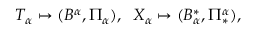
{ \cal T } _ { \alpha } \mapsto ( B ^ { \alpha } , \Pi _ { \alpha } ) , \; \; X _ { \alpha } \mapsto ( B _ { \alpha } ^ { \ast } , \Pi _ { \ast } ^ { \alpha } ) ,